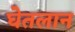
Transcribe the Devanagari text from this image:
घेतलान